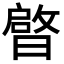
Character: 𭨠